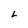
Character: L